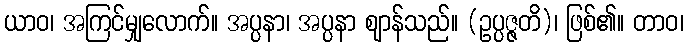
ယာဝ၊ အကြင်မျှလောက်။ အပ္ပနာ၊ အပ္ပနာ ဈာန်သည်။ (ဥပ္ပဇ္ဇတိ)၊ ဖြစ်၏။ တာဝ၊